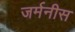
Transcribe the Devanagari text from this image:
जर्मनीस